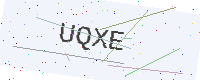
Text: UQXE